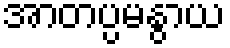
အာတပ္ပမနွာယ